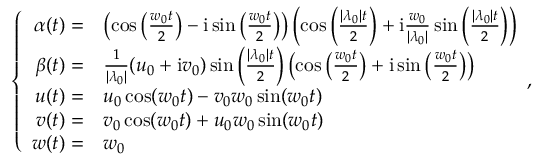
\left\{ \begin{array} { r l } { \alpha ( t ) = } & { \left( \cos \left( \frac { w _ { 0 } t } { 2 } \right) - \mathrm { i } \sin \left( \frac { w _ { 0 } t } { 2 } \right) \right) \left( \cos \left( \frac { | \lambda _ { 0 } | t } { 2 } \right) + \mathrm { i } \frac { w _ { 0 } } { | \lambda _ { 0 } | } \sin \left( \frac { | \lambda _ { 0 } | t } { 2 } \right) \right) } \\ { \beta ( t ) = } & { \frac { 1 } { | \lambda _ { 0 } | } ( u _ { 0 } + \mathrm { i } v _ { 0 } ) \sin \left( \frac { | \lambda _ { 0 } | t } { 2 } \right) \left( \cos \left( \frac { w _ { 0 } t } { 2 } \right) + \mathrm { i } \sin \left( \frac { w _ { 0 } t } { 2 } \right) \right) } \\ { u ( t ) = } & { u _ { 0 } \cos ( w _ { 0 } t ) - v _ { 0 } w _ { 0 } \sin ( w _ { 0 } t ) } \\ { v ( t ) = } & { v _ { 0 } \cos ( w _ { 0 } t ) + u _ { 0 } w _ { 0 } \sin ( w _ { 0 } t ) } \\ { w ( t ) = } & { w _ { 0 } } \end{array} , \right.